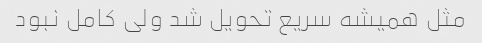
مثل همیشه سریع تحویل شد ولی کامل نبود